Indian journal of veterinary science and animal husbandry - Volume 4,
Year: 1934
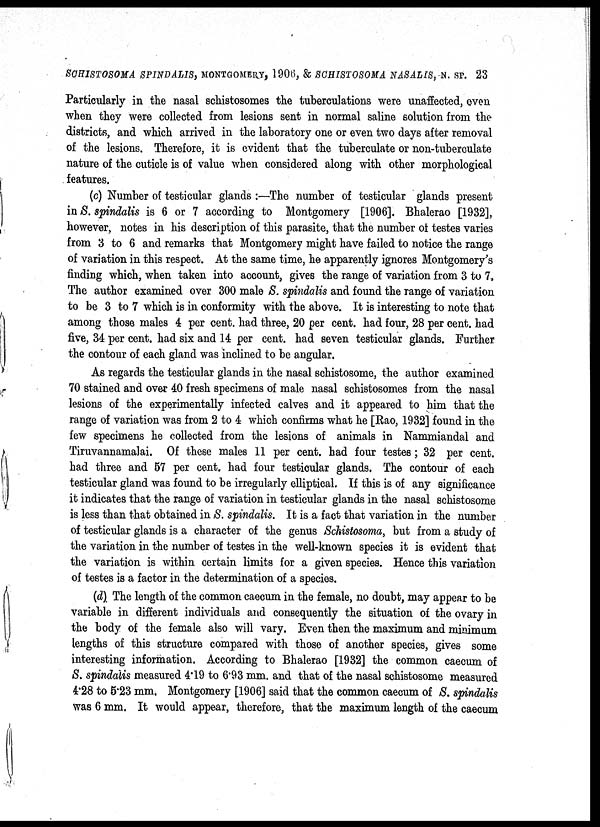
SCHISTOSOMA SPINDALIS, MONTGOMERY, 1906, & SCHISTOSOMA NASALIS, N. SP. 23
Particularly in the nasal schistosomes the tuberculations were unaffected, even
when they were collected from lesions sent in normal saline solution from the
districts, and which arrived in the laboratory one or even two days after removal
of the lesions. Therefore, it is evident that the tuberculate or non-tuberculate
nature of the cuticle is of value when considered along with other morphological
features.
(c) Number of testicular glands :—The number of testicular glands present
in S. spindalis is 6 or 7 according to Montgomery [1906]. Bhalerao [1932],
however, notes in his description of this parasite, that the number of testes varies
from 3 to 6 and remarks that Montgomery might have failed to notice the range
of variation in this respect. At the same time, he apparently ignores Montgomery's
finding which, when taken into account, gives the range of variation from 3 to 7.
The author examined over 300 male S. spindalis and found the range of variation
to be 3 to 7 which is in conformity with the above. It is interesting to note that
among those males 4 per cent. had three, 20 per cent. had four, 28 per cent. had
five, 34 per cent. had six and 14 per cent. had seven testicular glands. Further
the contour of each gland was inclined to be angular.
As regards the testicular glands in the nasal schistosome, the author examined
70 stained and over 40 fresh specimens of male nasal schistosomes from the nasal
lesions of the experimentally infected calves and it appeared to him that the
range of variation was from 2 to 4 which confirms what he [Rao, 1932] found in the
few specimens he collected from the lesions of animals in Nammiandal and
Tiruvannamalai. Of these males 11 per cent. had four testes; 32 per cent.
had three and 57 per cent. had four testicular glands. The contour of each
testicular gland was found to be irregularly elliptical. If this is of any significance
it indicates that the range of variation in testicular glands in the nasal schistosome
is less than that obtained in S. spindalis. It is a fact that variation in the number
of testicular glands is a character of the genus Schistosoma, but from a study of
the variation in the number of testes in the well-known species it is evident that
the variation is within certain limits for a given species. Hence this variation
of testes is a factor in the determination of a species.
(d) The length of the common caecum in the female, no doubt, may appear to be
variable in different individuals and consequently the situation of the ovary in
the body of the female also will vary. Even then the maximum and minimum
lengths of this structure compared with those of another species, gives some
interesting information. According to Bhalerao [1932] the common caecum of
S. spindalis measured 4.19 to 6.93 mm. and that of the nasal schistosome measured
4.28 to 5.23 mm. Montgomery [1906] said that the common caecum of S. spindalis
was 6 mm. It would appear, therefore, that the maximum length of the caecum